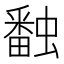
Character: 𧑪